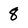
Character: 8